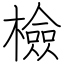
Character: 檢